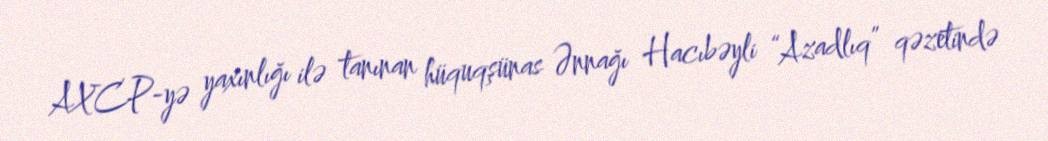
AXCP-yə yaxınlığı ilə tanınan hüquqşünas Ənnağı Hacıbəyli “Azadlıq” qəzetində